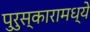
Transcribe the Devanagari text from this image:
पुरुस्कारामध्ये